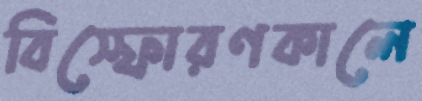
বিস্ফোরণকালে